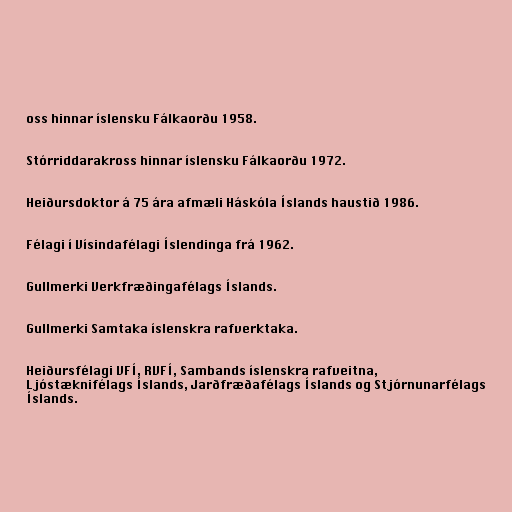
oss hinnar íslensku Fálkaorðu 1958.

Stórriddarakross hinnar íslensku Fálkaorðu 1972.

Heiðursdoktor á 75 ára afmæli Háskóla Íslands haustið 1986.

Félagi í Vísindafélagi Íslendinga frá 1962.

Gullmerki Verkfræðingafélags Íslands.

Gullmerki Samtaka íslenskra rafverktaka.

Heiðursfélagi VFÍ, RVFÍ, Sambands íslenskra rafveitna,
Ljóstæknifélags Íslands, Jarðfræðafélags Íslands og Stjórnunarfélags
Íslands.